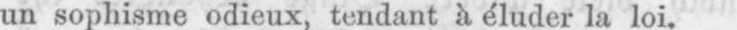
un sophisme odieux, tendant à éluder la loi.